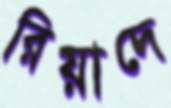
রিয়াদে